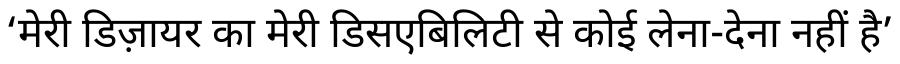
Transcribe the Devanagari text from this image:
‘मेरी डिज़ायर का मेरी डिसएबिलिटी से कोई लेना-देना नहीं है’